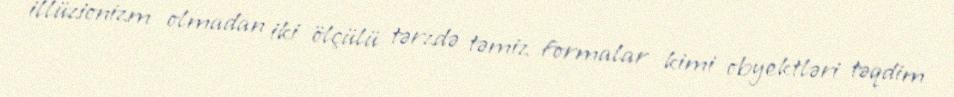
illüzionizm olmadan iki ölçülü tərzdə təmiz formalar kimi obyektləri təqdim